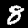
Digit: 8